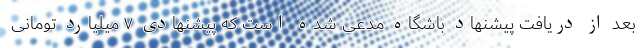
بعد از دریافت پیشنهاد باشگاه مدعی شده است که پیشنهادی ۷ میلیارد تومانی